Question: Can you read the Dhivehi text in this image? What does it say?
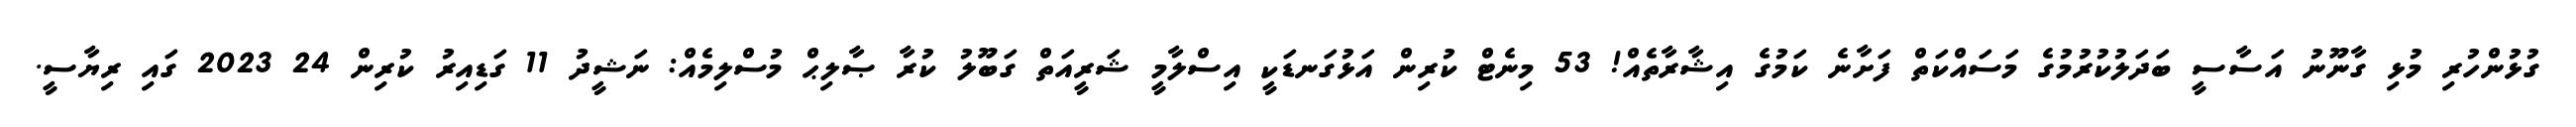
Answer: ގުޅުންހުރި މުޅި ގާނޫނު އަސާސީ ބަދަލުކުރުމުގެ މަސައްކަތް ފަށާނެ ކަމުގެ އިޝާރާތެއް! 53 މިނެޓް ކުރިން އަޅުގަނޑަކީ އިސްލާމީ ޝަރީއަތް ގަބޫލު ކުރާ ޞާލިޙް މުސްލިމެއް: ނަޝީދު 11 ގަޑިއިރު ކުރިން 24 2023 ގައި ރިޔާސީ.